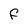
Character: F